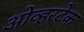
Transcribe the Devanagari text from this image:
ओव्हरटेक